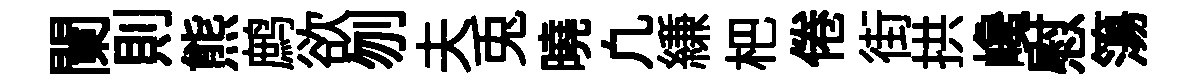
闌則熊鹧欲刎夫兎曉凢縑杷倦街拱巉慰簜